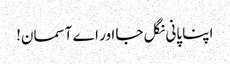
اپنا پانی نگل جا اور اے آسمان!